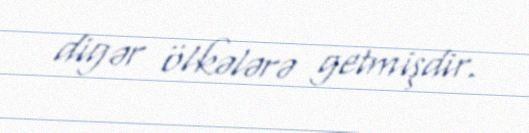
digər ölkələrə getmişdir.